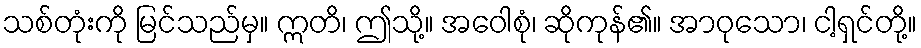
သစ်တုံးကို မြင်သည်မှ။ ဣတိ၊ ဤသို့။ အဝေါစုံ၊ ဆိုကုန်၏။ အာဝုသော၊ ငါ့ရှင်တို့။